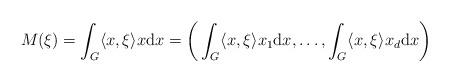
LaTeX: \begin{align*}M(\xi)=\int_{G}\langle x, \xi\rangle x{\rm d}x=\bigg(\int_{G}\langle x, \xi\rangle x_1{\rm d}x,\ldots,\int_{G} \langle x, \xi\rangle x_d{\rm d}x\bigg)\end{align*}